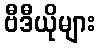
ဗီဒီယိုများ